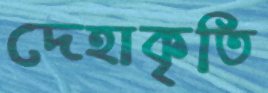
দেহাকৃতি